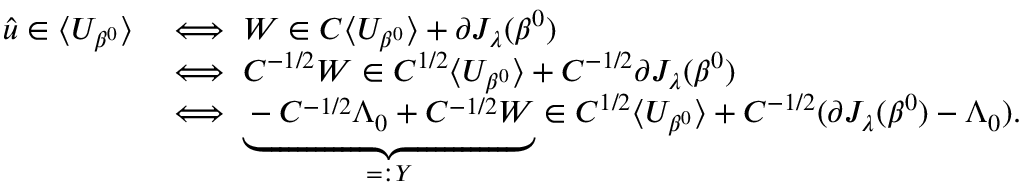
\begin{array} { r l } { \boldsymbol { \hat { u } } \in \langle U _ { \beta ^ { 0 } } \rangle } & { \iff W \in C \langle U _ { \beta ^ { 0 } } \rangle + \partial J _ { \boldsymbol { \lambda } } ( \beta ^ { 0 } ) } \\ & { \iff C ^ { - 1 / 2 } W \in C ^ { 1 / 2 } \langle U _ { \beta ^ { 0 } } \rangle + C ^ { - 1 / 2 } \partial J _ { \boldsymbol { \lambda } } ( \beta ^ { 0 } ) } \\ & { \iff \underbrace { - C ^ { - 1 / 2 } \Lambda _ { 0 } + C ^ { - 1 / 2 } W } _ { = : Y } \in C ^ { 1 / 2 } \langle U _ { \beta ^ { 0 } } \rangle + C ^ { - 1 / 2 } ( \partial J _ { \boldsymbol { \lambda } } ( \beta ^ { 0 } ) - \Lambda _ { 0 } ) . } \end{array}